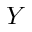
Y